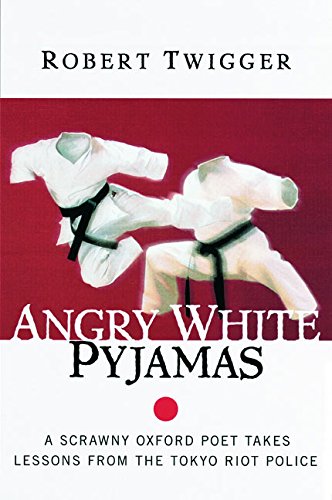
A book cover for Angry White Pyjamas: A Scrawny Oxford Poet Takes Lessons From The Tokyo Riot Police; Robert Twigger; Biographies & Memoirs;